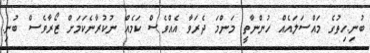
ބުނި.ހިތުގެ މައްސަލައެއް ހުންނާތީ މަންމަ ދެރަވާ އެއްވެސް ކަމެއް ނުކުރާނެކަމަށް ޒޯރާވެސް ބުނި.